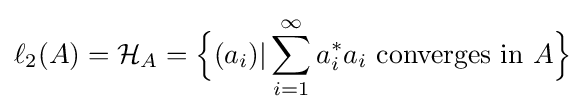
\ell _{2}(A)={\mathcal {H}}_{A}={\Big \{}(a_{i})|\sum _{i=1}^{\infty }a_{i}^{*}a_{i}{\text{ converges in }}A{\Big \}}